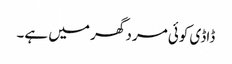
ڈاڈی کوئی مرد گھر میں ہے۔